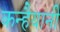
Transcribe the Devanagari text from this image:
कन्हैयानी